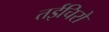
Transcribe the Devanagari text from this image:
तईचिरो